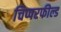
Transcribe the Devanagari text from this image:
चिप्परफील्ड